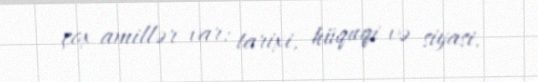
çox amillər var: tarixi, hüquqi və siyasi.